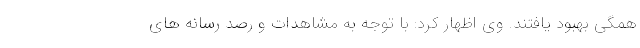
همگی بهبود یافتند. وی اظهار کرد: با توجه به مشاهدات و رصد رسانه های